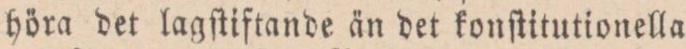
höra det lagſtiftande än det konſtitutionella